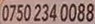
0750 234 0088